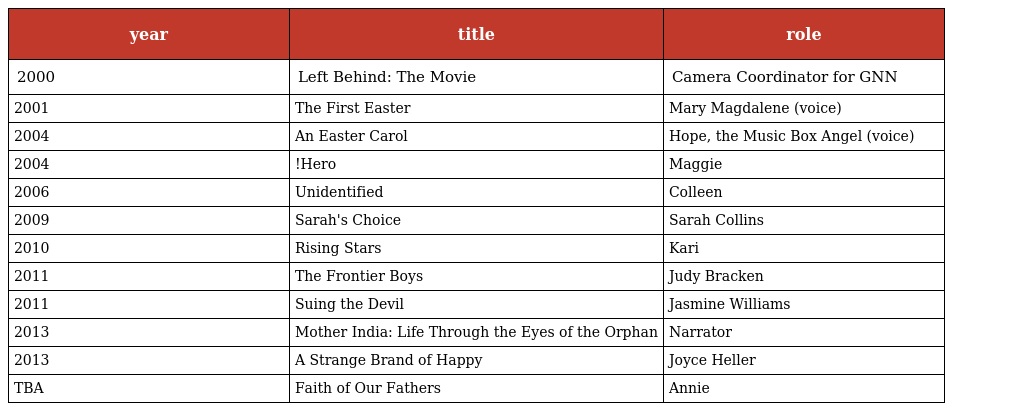
| year | title | role |
 | --- | --- | --- |
 | 2000 | Left Behind: The Movie | Camera Coordinator for GNN |
 | 2001 | The First Easter | Mary Magdalene (voice) |
 | 2004 | An Easter Carol | Hope, the Music Box Angel (voice) |
 | 2004 | !Hero | Maggie |
 | 2006 | Unidentified | Colleen |
 | 2009 | Sarah's Choice | Sarah Collins |
 | 2010 | Rising Stars | Kari |
 | 2011 | The Frontier Boys | Judy Bracken |
 | 2011 | Suing the Devil | Jasmine Williams |
 | 2013 | Mother India: Life Through the Eyes of the Orphan | Narrator |
 | 2013 | A Strange Brand of Happy | Joyce Heller |
 | TBA | Faith of Our Fathers | Annie |